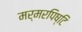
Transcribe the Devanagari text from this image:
मर्मरपिष्टि